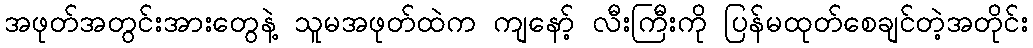
အဖုတ်အတွင်းအားတွေနဲ့ သူမအဖုတ်ထဲက ကျနော့် လီးကြီးကို ပြန်မထုတ်စေချင်တဲ့အတိုင်း